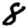
Digit: 8